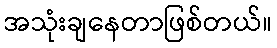
အသုံးချနေတာဖြစ်တယ်။